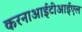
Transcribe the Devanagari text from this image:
करनाआईटीआईएल